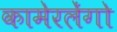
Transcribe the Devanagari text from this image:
कामेरलेंगो